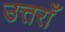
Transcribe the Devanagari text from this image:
उत्तराँ